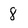
Character: 8